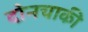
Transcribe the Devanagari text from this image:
दोनचाकी